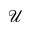
\mathcal { U }